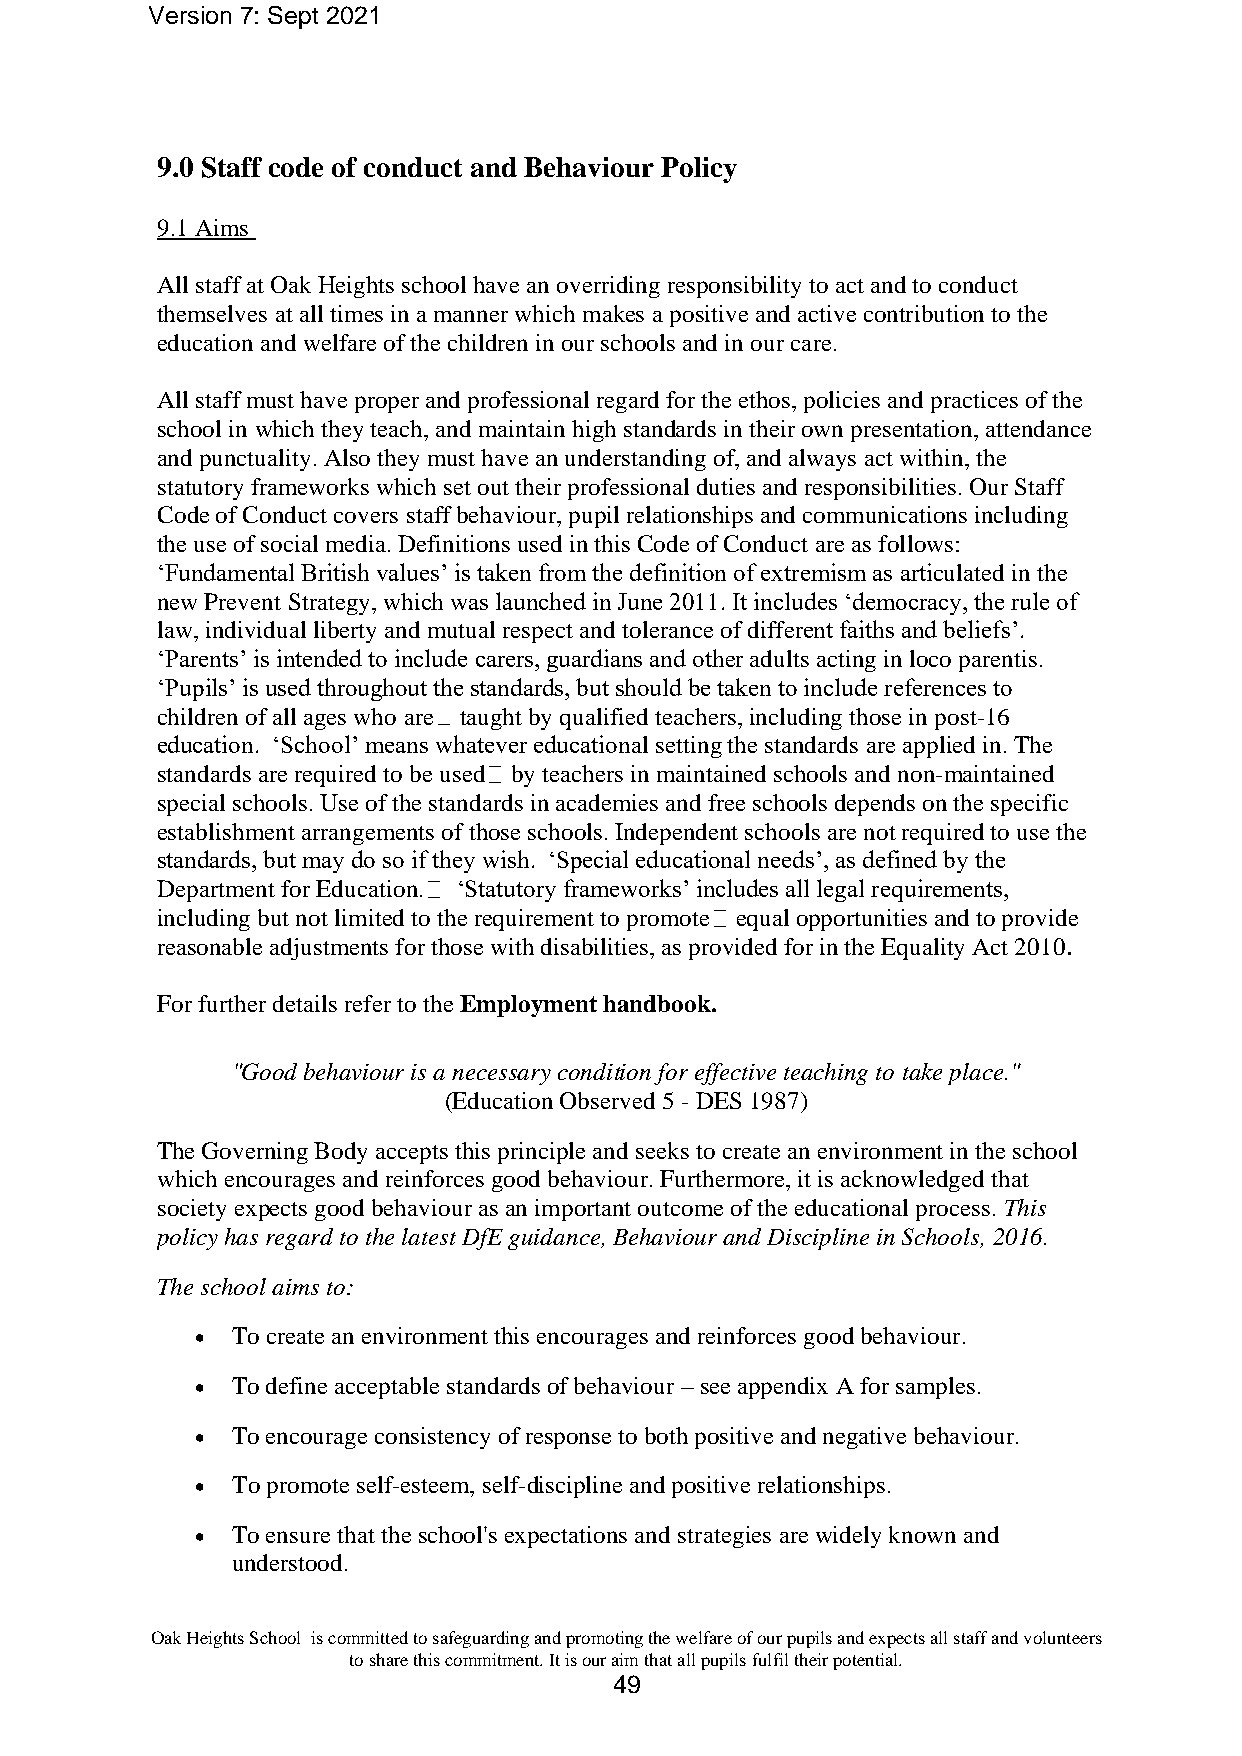
Version 7: Sept 2021
 9.0 Staff code of conduct and Behaviour Policy
 9.1 Aims
 All staff at Oak Heights school have an overriding responsibility to act and to conduct
 themselves at all times in a manner which makes a positive and active contribution to the
 education and welfare of the children in our schools and in our care.
 All staff must have proper and professional regard for the ethos, policies and practices of the
 school in which they teach, and maintain high standards in their own presentation, attendance
 and punctuality. Also they must have an understanding of, and always act within, the
 statutory frameworks which set out their professional duties and responsibilities. Our Staff
 Code of Conduct covers staff behaviour, pupil relationships and communications including
 the use of social media. Definitions used in this Code of Conduct are as follows:
 ‘Fundamental British values’ is taken from the definition of extremism as articulated in the
 new Prevent Strategy, which was launched in June 2011. It includes ‘democracy, the rule of
 law, individual liberty and mutual respect and tolerance of different faiths and beliefs’.
 ‘Parents’ is intended to include carers, guardians and other adults acting in loco parentis.
 ‘Pupils’ is used throughout the standards, but should be taken to include references to
 children of all ages who are taught by qualified teachers, including those in post-16
 education. ‘School’ means whatever educational setting the standards are applied in. The
 standards are required to be used by teachers in maintained schools and non-maintained
 special schools. Use of the standards in academies and free schools depends on the specific
 establishment arrangements of those schools. Independent schools are not required to use the
 standards, but may do so if they wish. ‘Special educational needs’, as defined by the
 Department for Education. ‘Statutory frameworks’ includes all legal requirements,
 including but not limited to the requirement to promote equal opportunities and to provide
 reasonable adjustments for those with disabilities, as provided for in the Equality Act 2010.
 For further details refer to the Employment handbook.
 "Good behaviour is a necessary condition for effective teaching to take place."
 (Education Observed 5 - DES 1987)
 The Governing Body accepts this principle and seeks to create an environment in the school
 which encourages and reinforces good behaviour. Furthermore, it is acknowledged that
 society expects good behaviour as an important outcome of the educational process. This
 policy has regard to the latest DfE guidance, Behaviour and Discipline in Schools, 2016.
 The school aims to:
 • To create an environment this encourages and reinforces good behaviour.
 • To define acceptable standards of behaviour – see appendix A for samples.
 • To encourage consistency of response to both positive and negative behaviour.
 • To promote self-esteem, self-discipline and positive relationships.
 • To ensure that the school's expectations and strategies are widely known and
 understood.
 Oak Heights School is committed to safeguarding and promoting the welfare of our pupils and expects all staff and volunteers
 to share this commitment. It is our aim that all pupils fulfil their potential.
 49